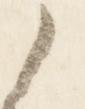
之